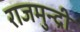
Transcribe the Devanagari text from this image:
राजमुन्द्री